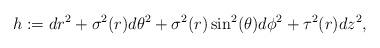
LaTeX: \begin{align*}h:=dr^2 + \sigma ^2(r) d\theta ^2 + \sigma ^2(r) \sin ^2(\theta) d\phi ^2 + \tau ^2(r) dz ^2,\end{align*}